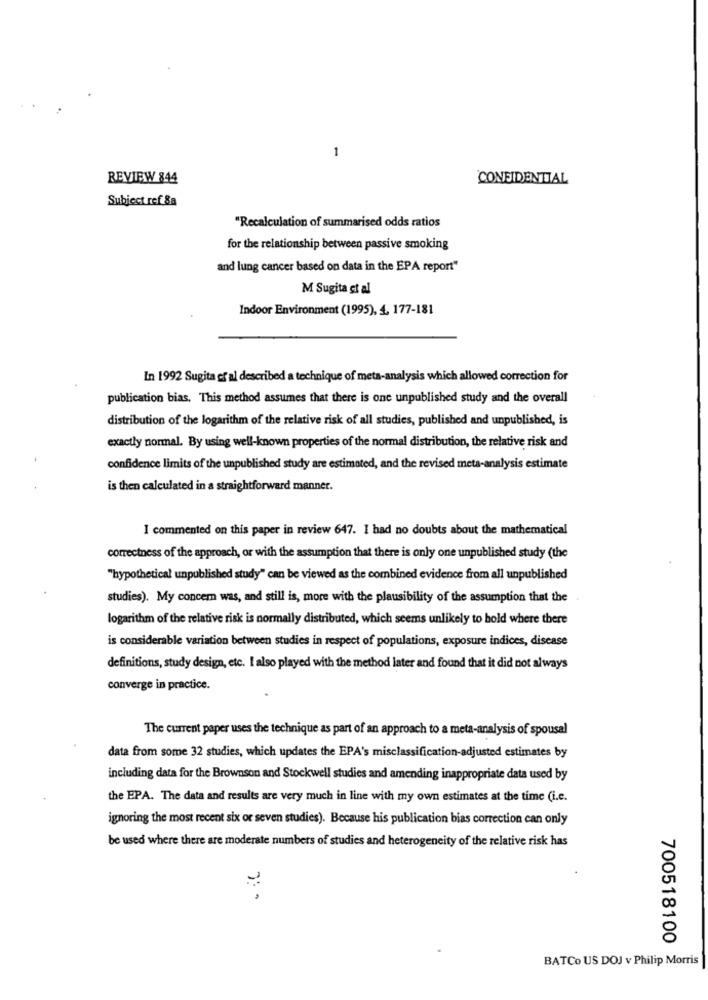
1
REVIEW 844
CONFIDENTIAL
Subject ref 8a
"Recalculation of summarised odds ratios
for the relationship between passive smoking
and lung cancer based on data in the EPA report"
M Sugita et al
Indoor Environment (1995), 4, 177-181
In 1992 Sugita of al described a technique of meta-analysis which allowed correction for
publication bias, This method assumes that there is one unpublished study and the overall
distribution of the logarithm of the relative risk of all studies, published and unpublished, is
exactly normal. By using well-known properties of the normal distribution, the relative risk and
confidence limits of the unpublished study are estimated, and the revised meta-analysis estimate
is then calculated in a straightforward manner.
I commented on this paper in review 647. I had no doubts about the mathematical
correctness of the approach, or with the assumption that there is only one unpublished study (the
"hypothetical unpublished study" can be viewed as the combined evidence from all unpublished
studies). My concern was, and still is, more with the plausibility of the assumption that the
logarithm of the relative risk is normally distributed, which seems unlikely to bold where there
is considerable variation between studies in respect of populations, exposure indices, disease
definitions, study design, etc. I also played with the method later and found that it did not always
converge in practice.
The current paper uses the technique as part of an approach to a meta-analysis of spousal
data from some 32 studies, which updates the EPA's misclassification-adjusted estimates by
including data for the Brownson and Stockwell studies and amending inappropriate data used by
the EPA. The data and results are very much in line with my own estimates at the time (i.e.
ignoring the most recent six or seven studies). Because his publication bias correction can only
be used where there are moderate numbers of studies and heterogeneity of the relative risk has
7: -
700518100
BATCo US DOJ v Philip Morris